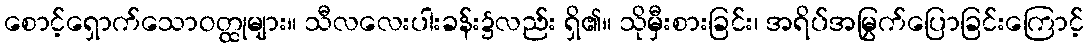
စောင့်ရှောက်သောဝတ္ထုများ။ သီလလေးပါးခန်း၌လည်း ရှိ၏။ သိုမှီးစားခြင်း၊ အရိပ်အမြွက်ပြောခြင်းကြောင့်